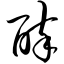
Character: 醉